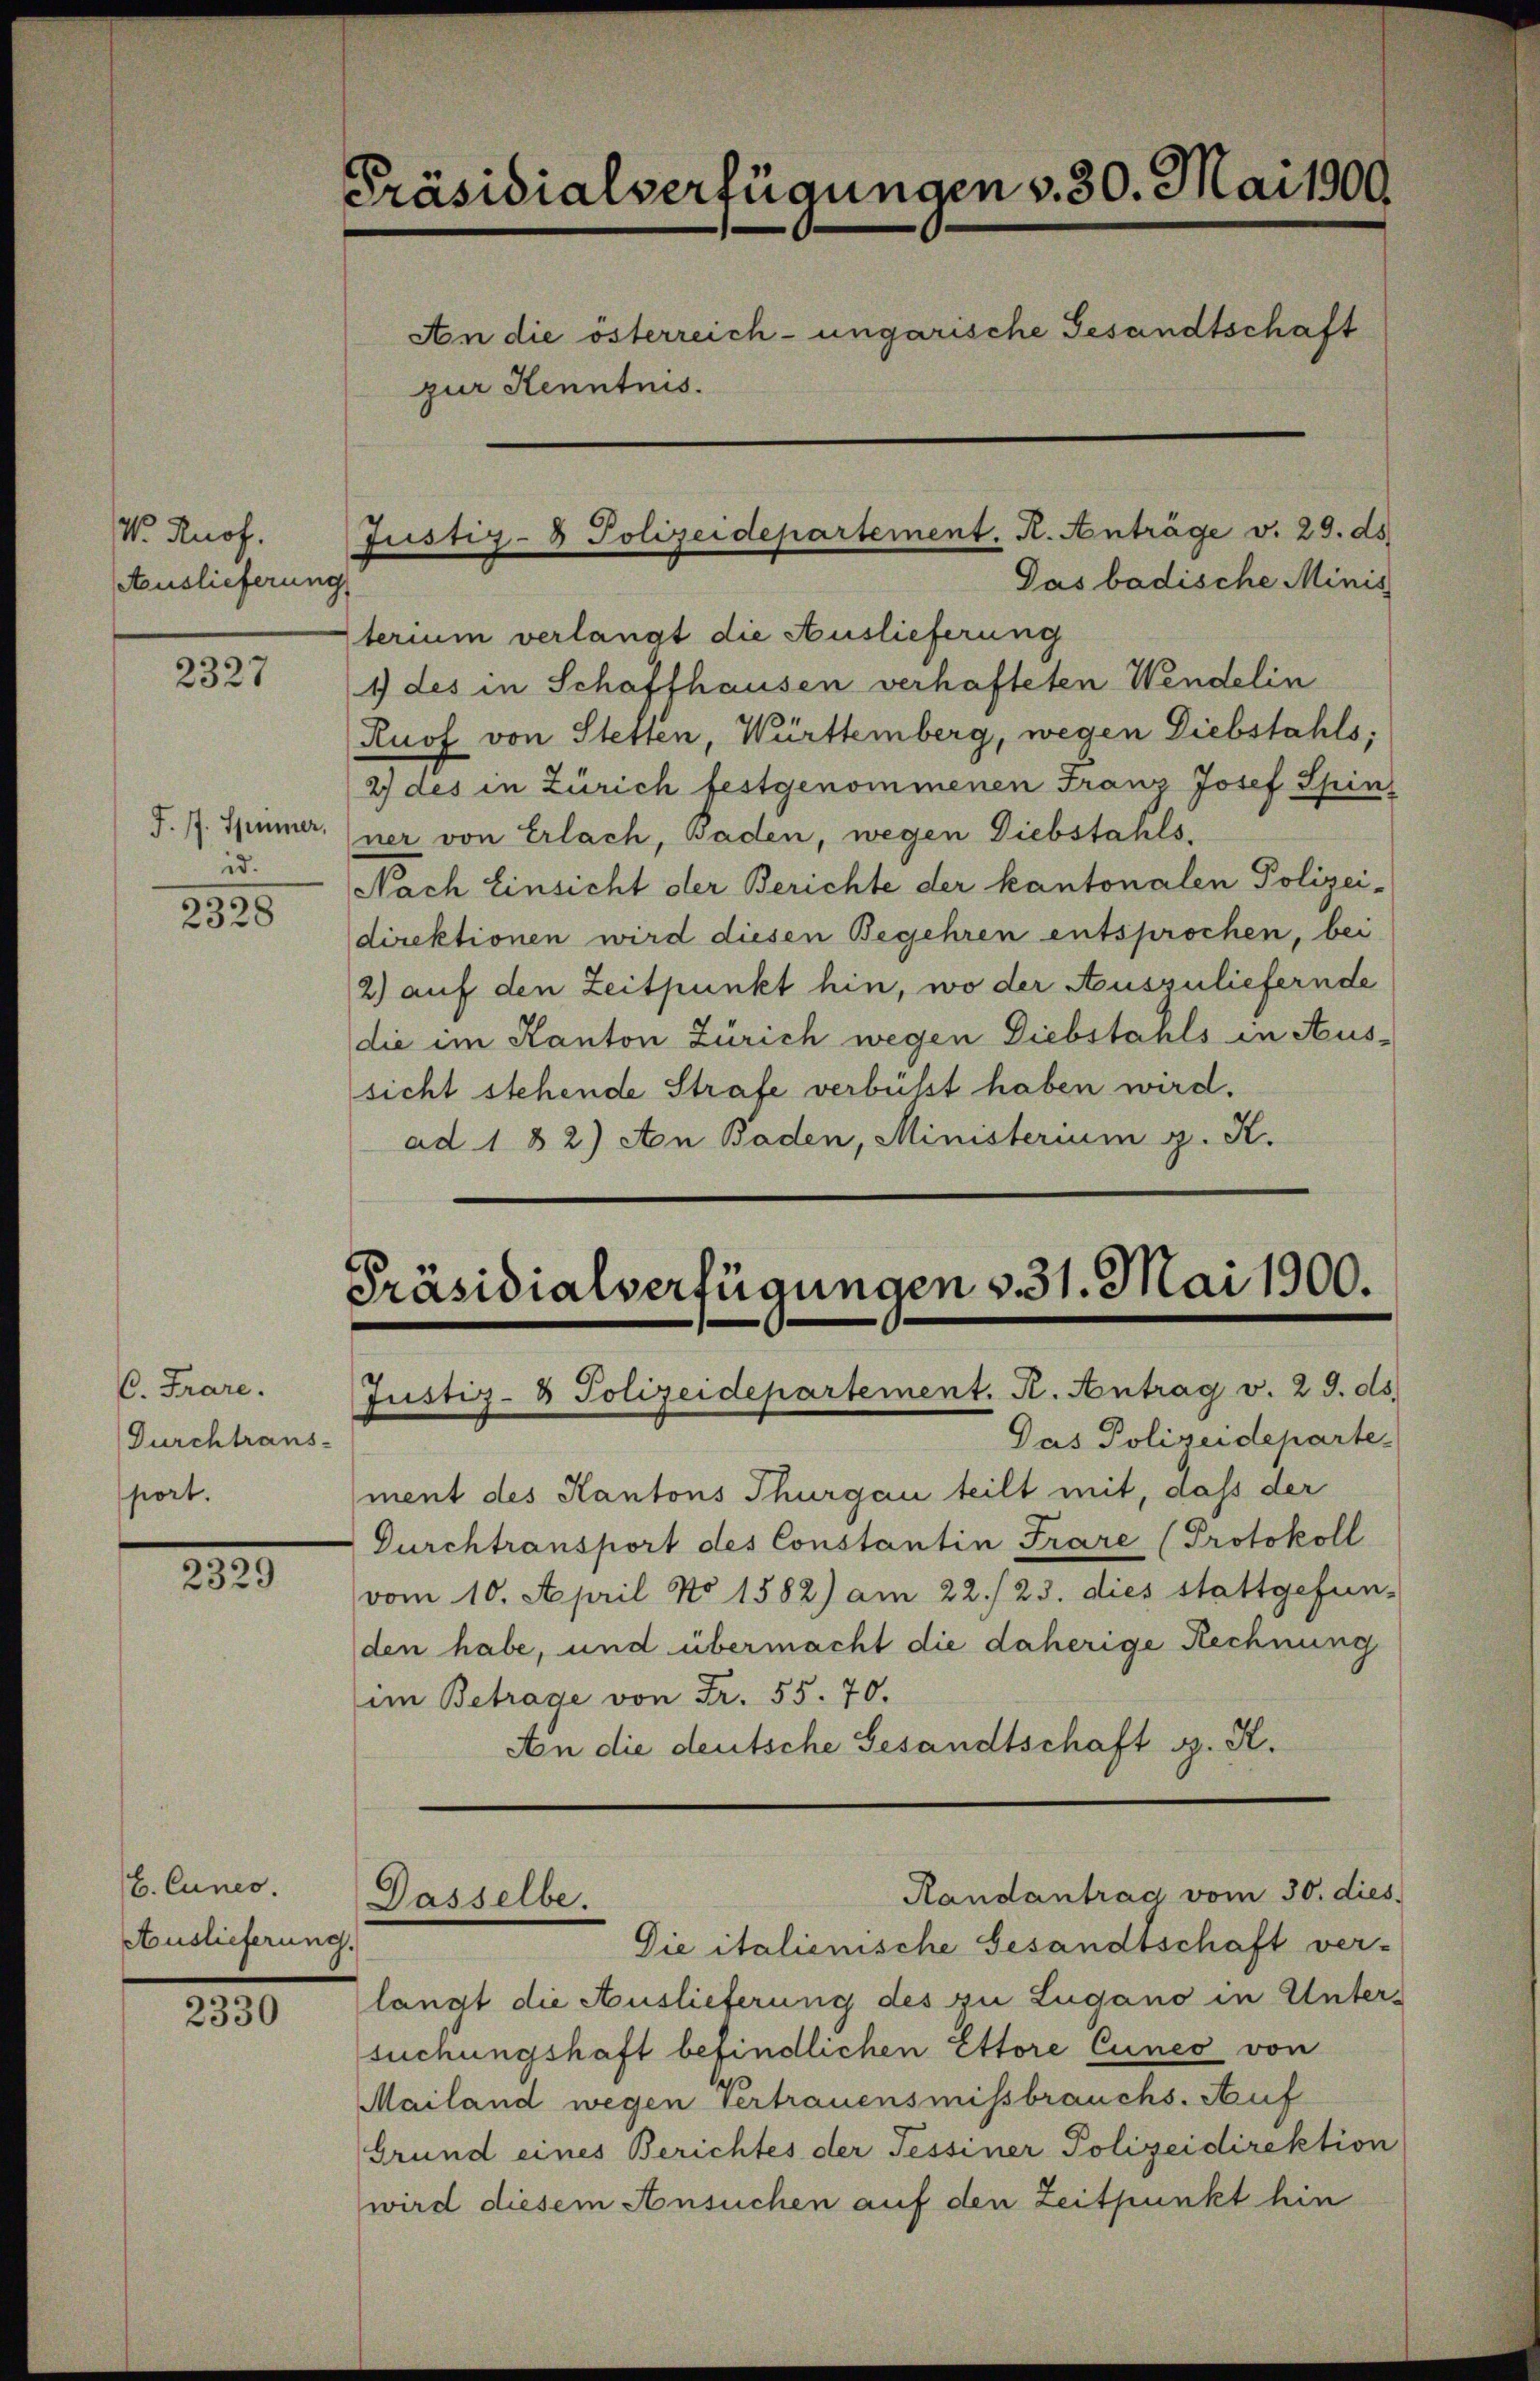
V. Knof.
Auslieferung

2327

J. J. Spinner,
id.

2328

C. Frare.
Durchtrans-
port.

2329

2330

Präsidialverfügungen v. 30. Mai 1909
An die österreich-ungarische Gesandtschaft
zur Kenntnis.

E. Cunes.
Auslieferung.

Justiz- & Polizeidepartement. A. Anträge v. 29. ds.

Das badische Minis
sterium verlangt die Auslieferung
1 des in Schaffhausen verhafteten Wendelin
Kuof von Stetten, Württemberg, wegen Diebstahls,
2) des in Zürich festgenommenen Franz Josef Spin
ner von Erlach, Baden, wegen Diebstahls,
Nach Einsicht der Berichte der kantonalen Polizei-
direktionen wird diesen Begehren entsprochen, bei
2) auf den Zeitpunkt hin, wo der Auszuliefernde
die im Kanton Zürich wegen Diebstahls in Aussicht stehende Strafe verbüsst haben wird.
ad 182) An Baden, Ministerium g. K.

Präsidialverfügungen v. 31. Mai 1900.
Justiz- & Polizeidepartement. K. Antrag v. 29. ds.

Das Polizeideparte.
ment des Kantons Thurgau teilt mit, daß der
Durchtransport des Constantin Frare (Protokoll
vom 10. April No 1582) am 22./23. dies stattgefun-
den habe, und übermacht die daherige Rechnung
im Betrage von Fr. 55. 70.
An die deutsche Gesandtschaft d. R.
Randantrag vom 30. dies
Dasselbe.
Die italienische Gesandtschaft ver-
langt die Auslieferung des zu Lugano in Untersuchungshaft befindlichen Ettore Cunes von
Mailand wegen Vertrauensmissbrauchs- Auf
Grund eines Berichtes der Tessiner Polizeidirektion
wird diesem Ansuchen auf den Zeitpunkt hin